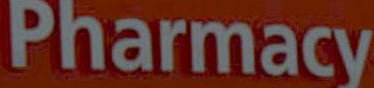
Pharmacy